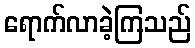
ရောက်လာခဲ့ကြသည်